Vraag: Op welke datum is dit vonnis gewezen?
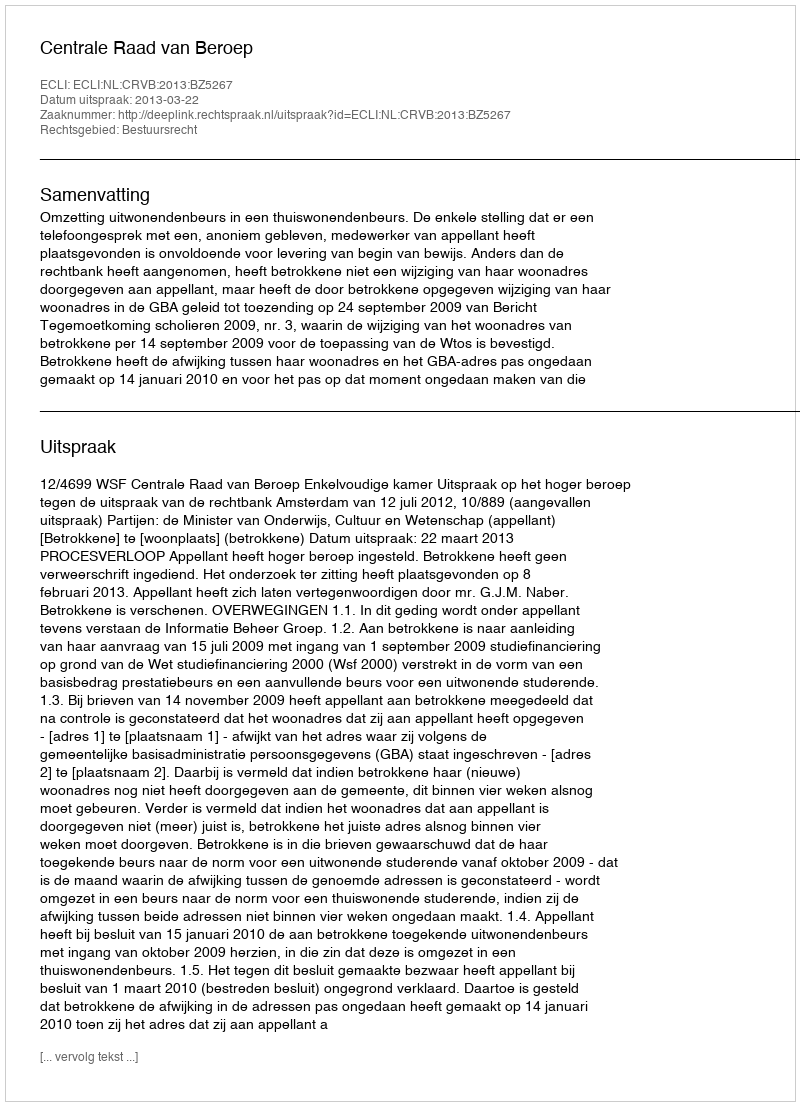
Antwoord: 2013-03-22